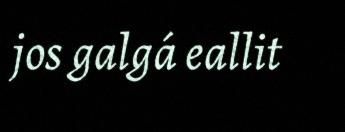
jos galgá eallit